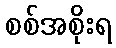
စစ်အစိုးရ